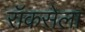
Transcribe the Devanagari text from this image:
रॉकसेला